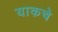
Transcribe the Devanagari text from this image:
याकचे